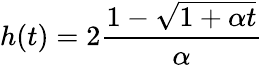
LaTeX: h(t)=2{\frac{1-\sqrt{1+\alpha t}}{\alpha}}